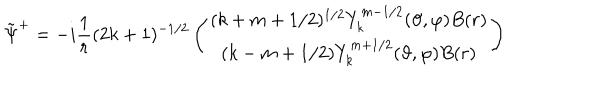
\tilde { \Psi } ^ { + } = - i \frac 1 r ( 2 k + 1 ) ^ { - 1 / 2 } \left( \begin{array} { c } { { ( k + m + 1 / 2 ) ^ { 1 / 2 } Y _ { k } ^ { m - 1 / 2 } ( \vartheta , \varphi ) B ( r ) } } \\ { { ( k - m + 1 / 2 ) Y _ { k } ^ { m + 1 / 2 } ( \vartheta , \varphi ) B ( r ) } } \\ \end{array} \right)